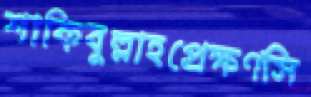
শাকিবুল্লাহপ্রেক্ষণসি